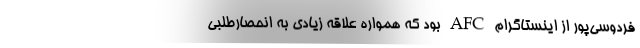
فردوسی‌پور از اینستاگرام AFC بود که همواره علاقه زیادی به انحصارطلبی